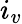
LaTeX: i_{v}